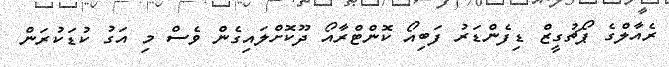
ރެއާލްގެ ޕޯޗުގީޒް ޑިފެންޑަރު ފަބިއޯ ކޮންޓްރާއޯ ދޫކޮށްލައިގެން ވެސް މި އަގު ކުޑަކުރަން